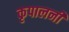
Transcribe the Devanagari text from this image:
कृपालनी